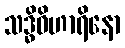
သဒ္ဓိဝိဟာရိနော